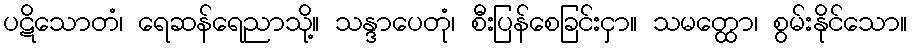
ပဋိသောတံ၊ ရေဆန်ရေညာသို့။ သန္ဒာပေတုံ၊ စီးပြန်စေခြင်းငှာ။ သမတ္ထော၊ စွမ်းနိုင်သော။